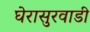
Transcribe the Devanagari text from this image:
घेरासुरवाडी